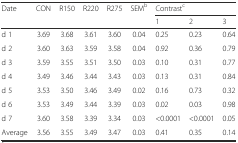
| <ROWSPAN=2> Date | <ROWSPAN=2> CON | <ROWSPAN=2> R150 | <ROWSPAN=2> R220 | <ROWSPAN=2> R275 | <ROWSPAN=2> SEMb | <COLSPAN=3> Contrastc |
 | 1 | 2 | 3 |
 | --- | --- | --- | --- | --- | --- | --- | --- | --- |
 | d 1 | 3.69 | 3.68 | 3.61 | 3.60 | 0.04 | 0.25 | 0.23 | 0.64 |
 | d 2 | 3.60 | 3.63 | 3.59 | 3.58 | 0.04 | 0.92 | 0.36 | 0.79 |
 | d 3 | 3.59 | 3.55 | 3.51 | 3.50 | 0.03 | 0.10 | 0.31 | 0.77 |
 | d 4 | 3.49 | 3.46 | 3.44 | 3.43 | 0.03 | 0.13 | 0.31 | 0.84 |
 | d 5 | 3.53 | 3.50 | 3.46 | 3.49 | 0.02 | 0.16 | 0.73 | 0.32 |
 | d 6 | 3.53 | 3.49 | 3.44 | 3.39 | 0.03 | 0.02 | 0.03 | 0.98 |
 | d 7 | 3.60 | 3.58 | 3.39 | 3.34 | 0.03 | <0.0001 | <0.0001 | 0.05 |
 | Average | 3.56 | 3.55 | 3.49 | 3.47 | 0.03 | 0.41 | 0.35 | 0.14 |